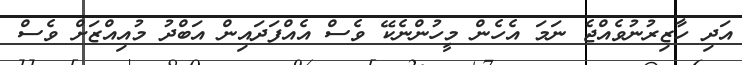
އަދި ހާޒިރުނުވެއްޖެ ނަމަ އެހެން މީހުންނެކޭ ވެސް އެއްފަދައިން އަބްދު މުއިއްޒަށް ވެސް